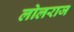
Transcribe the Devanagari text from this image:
लोलराज